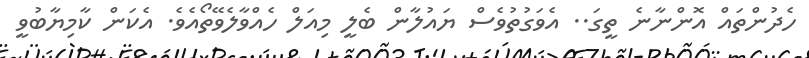
ހެދުންތައް އޮންނާނެ ތީގަ.. އެވަގުތުވެސް ޔައުލާން ބެލީ މިއަލް ހެއްވާލެވޭތޯއެވެ. އެކަން ކާމިޔާބުވީ